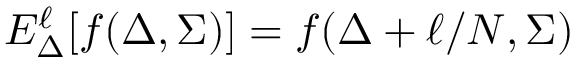
E _ { \Delta } ^ { \ell } [ f ( \Delta , \Sigma ) ] = f ( \Delta + \ell / N , \Sigma )